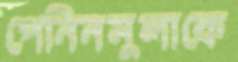
পেনিনসুলাকে